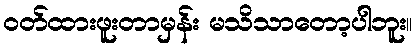
ဝတ်ထားဖူးတာမှန်း မသိသာတော့ပါဘူး။